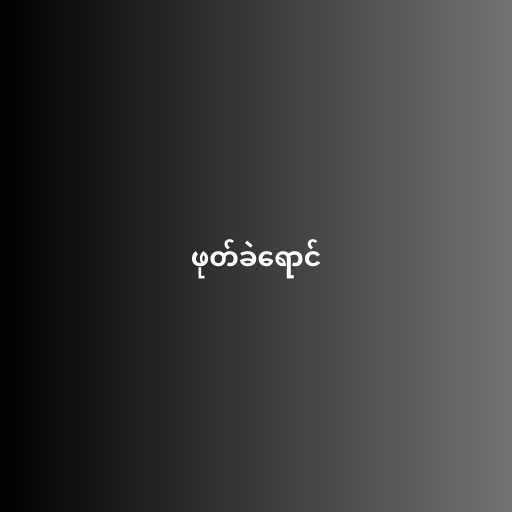
ဖုတ်ခဲရောင်